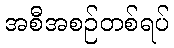
အစီအစဉ်တစ်ရပ်